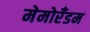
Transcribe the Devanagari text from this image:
मेमोरँडम